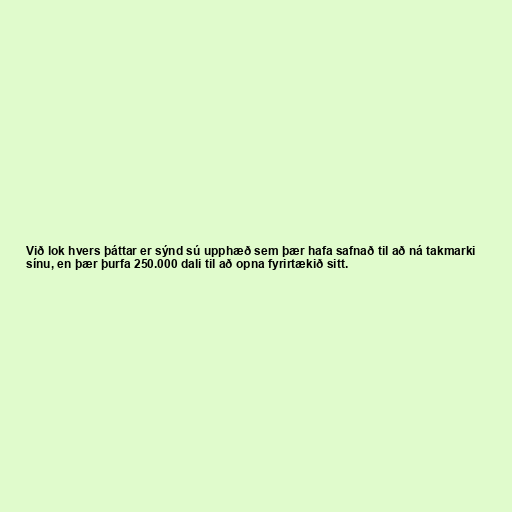
Við lok hvers þáttar er sýnd sú upphæð sem þær hafa safnað til að ná takmarki
sínu, en þær þurfa 250.000 dali til að opna fyrirtækið sitt.